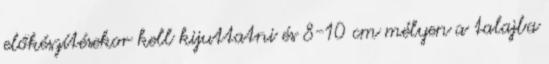
előkészítésekor kell kijuttatni és 8-10 cm mélyen a talajba